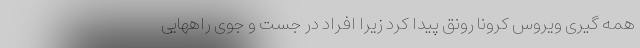
همه گیری ویروس کرونا رونق پیدا کرد زیرا افراد در جست و جوی راههایی